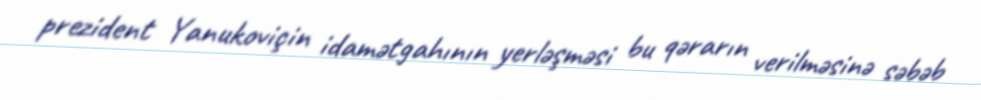
prezident Yanukoviçin idamətgahının yerləşməsi bu qərarın verilməsinə səbəb